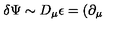
\delta \Psi \sim D _ { \mu } \epsilon = ( \partial _ { \mu }